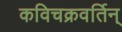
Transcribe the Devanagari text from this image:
कविचक्रवर्तिन्